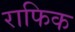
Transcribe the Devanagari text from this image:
राफिक